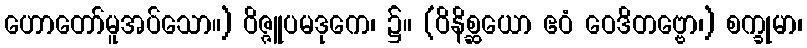
ဟောတော်မူအပ်သော။) ဝိဇ္ဇူပမဒုကေ၊ ၌။ (ဝိနိစ္ဆယော ဧဝံ ဝေဒိတဗ္ဗော၊) စက္ခုမာ၊